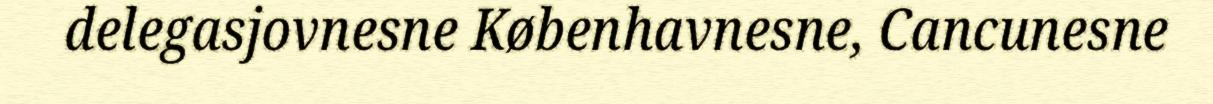
delegasjovnesne Københavnesne, Cancunesne